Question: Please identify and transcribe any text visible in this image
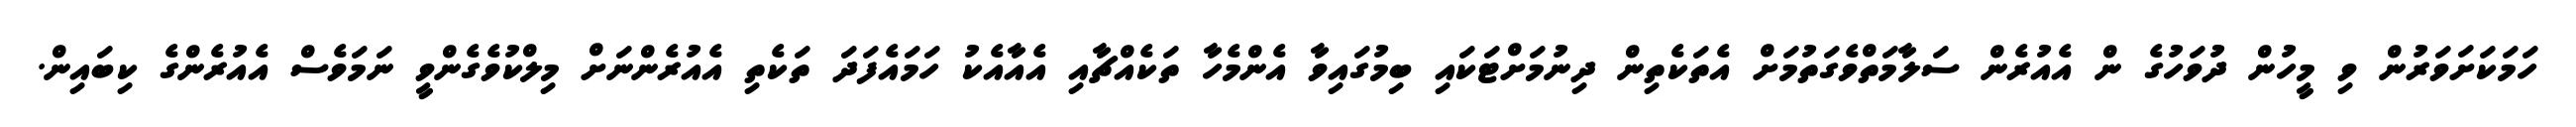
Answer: ހަމަކަށަވަރުން ވި މީހުން ދުވަހުގެ ން އެއުރެން ސަލާމަތްވެގަތުމަށް އެތަކެތިން ދިނުމަށްޓަކައި ބިމުގައިވާ އެންމެހާ ތަކެއްޗާއި އެއާއެކު ހަމައެފަދަ ތަކެތި އެއުރެންނަށް މިލްކުވެގެންވީ ނަމަވެސް އެއުރެންގެ ކިބައިން.